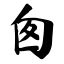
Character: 囱